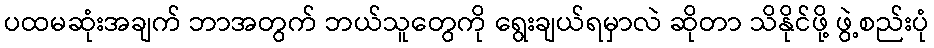
ပထမဆုံးအချက် ဘာအတွက် ဘယ်သူတွေကို ရွေးချယ်ရမှာလဲ ဆိုတာ သိနိုင်ဖို့ ဖွဲ့စည်းပုံ